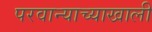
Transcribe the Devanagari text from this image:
परवान्याच्याखाली